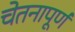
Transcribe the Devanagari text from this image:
चेतनापूर्ण